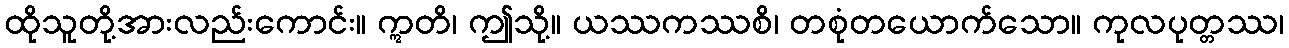
ထိုသူတို့အားလည်းကောင်း။ ဣတိ၊ ဤသို့။ ယဿကဿစိ၊ တစုံတယောက်သော။ ကုလပုတ္တဿ၊